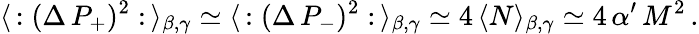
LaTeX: \langle\, :(\Delta\, P_{+})^{2}:\, \rangle_{\beta,\gamma}\simeq\langle\, :(\Delta\, P_{-})^{2}:\, \rangle_{\beta,\gamma}\simeq 4\, \langle N\rangle_{\beta,\gamma}\simeq 4\, \alpha^{\prime}\, M^{2}\, .